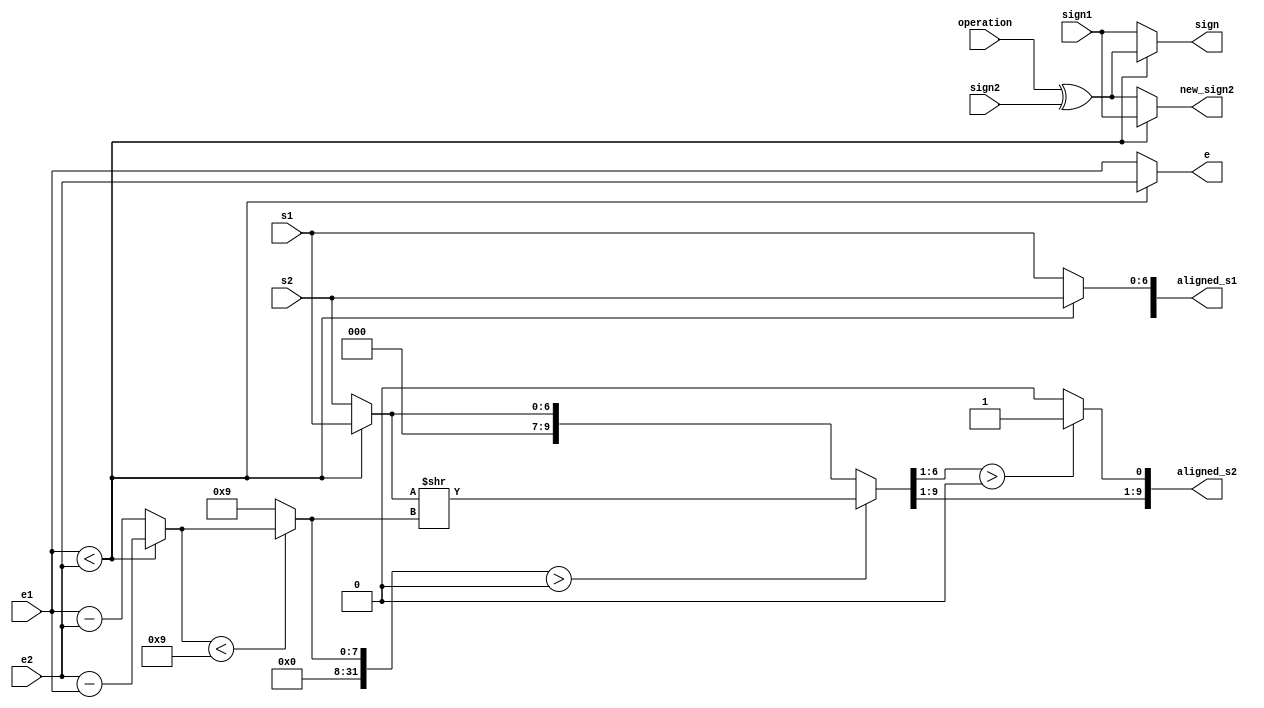
`timescale 1ns / 1ps
//////////////////////////////////////////////////////////////////////////////////
// Company: 
// Engineer: 
// 
// Design Name: 
// Module Name: align
// Project Name: 
// Target Devices: 
// Tool Versions: 
// Description: 
// 
// Dependencies: 
// 
// Revision:
// Revision 0.01 - File Created
// Additional Comments:
// 
//////////////////////////////////////////////////////////////////////////////////


module alignment (
    input wire sign1,
    input wire sign2,
    input wire operation,
    input wire [7:0] e1, 
    input wire [7:0] e2, 
    input wire [6:0] s1, 
    input wire [6:0] s2, 
    output reg sign,
    output reg new_sign2,
    output reg [7:0] e, 
    output reg [9:0] aligned_s1, 
    output reg [9:0] aligned_s2 
);
reg [7:0] dif;
reg actual_sign2;
reg [6:0] s, new_s2;
reg [31:0] shift_length;
reg sticky;
reg i,j;
reg [15:0] a;
reg acc_or;
always @(sign1, operation, e1, e2, s1, s2, s) begin
    if (e1 < e2) begin
        dif=e2-e1;
        e = e2;
        sign = operation ^ sign2;
        new_sign2 = sign1;
        s = s2;
        new_s2 = s1;
    end else begin
        dif=e1 - e2;
        e = e1;
        sign = sign1;
        new_sign2 = operation ^ sign2;
        s = s1;
        new_s2 = s2;
    end
  

    aligned_s1[6:0] = s;
    
end

always @(dif, shift_length, new_s2, sticky) begin
   
    a={9'b0,new_s2};
   
    
    if (dif < 9) begin
        shift_length = dif;
    end else begin
        shift_length = 9;
    end
    
    if (shift_length > 0)
    begin
    a=a>>shift_length;
       
    end
    
    acc_or = 0;
    
   if (a[6:1]>0 || acc_or > 0)
    begin
            acc_or = 1;
    end
    
    sticky = acc_or;
    aligned_s2 = {a[15:1], sticky};
end

endmodule